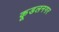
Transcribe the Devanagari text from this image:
कूडलनगर